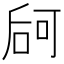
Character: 𠵲